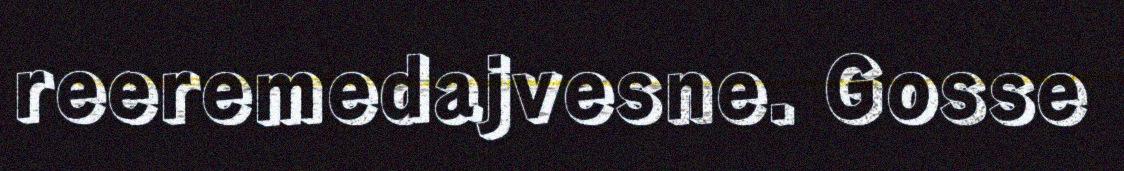
reeremedajvesne. Gosse